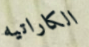
الكاراتيه